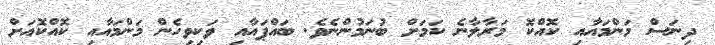
ދިނަސް މަންމައާއި ކޮއްކޮ މަރާލާނެ ކަމަށް ބުނަމުންނެވެ. ބައްޕައާއި ވަކިވިހެން މަންމައާއި ކޮއްކޮއަށް